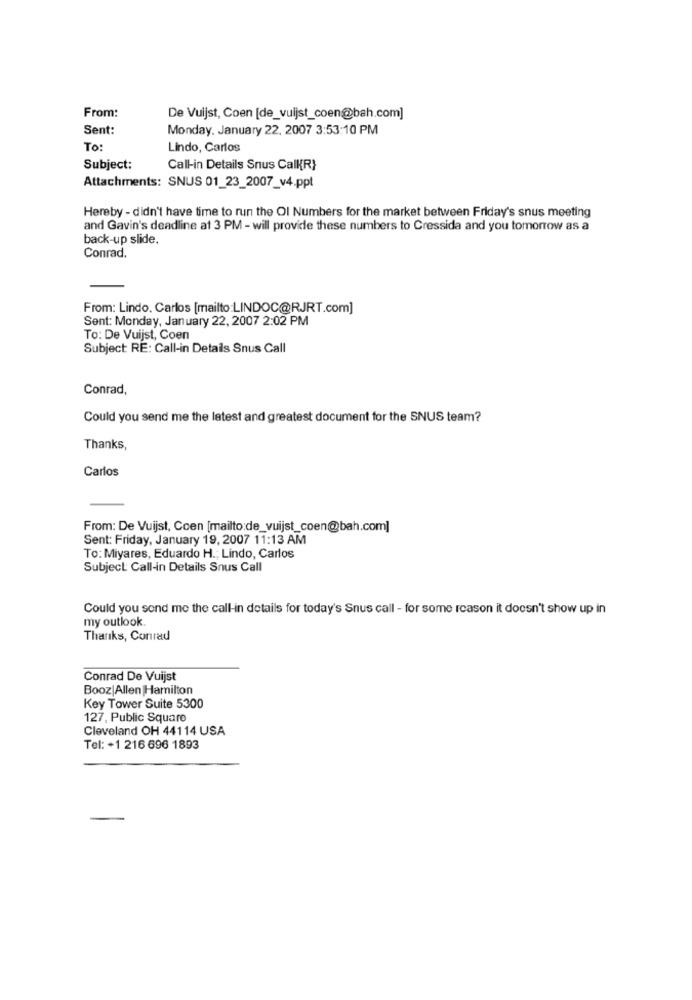
From:
De Vuijst, Coen [de_vuijst_coen@bah.com]
Sent:
Monday, January 22, 2007 3:53:10 PM
To:
Lindo, Carlos
Subject:
Call-in Details Snus CalKR}
Attachments: SNUS 01_23_2007_v4.ppt
Hereby - didn't have time to run the Ol Numbers for the market between Friday's snus meeting
and Gavin's deadline at 3 PM - will provide these numbers to Cressida and you tomorrow as a
back-up slide.
Conrad.
From: Lindo. Carlos [mailto:LINDOC@RJRT.com]
Sent: Monday, January 22, 2007 2:02 PM
To: De Vuijst, Coen
Subject: RE: Call-in Details Snus Call
Conrad,
Could you send me the latest and greatest document for the SNUS team?
Thanks,
Carlos
From: De Vuijst, Coen [mailto:de_vuijst_coen@bah.com]
Sent: Friday, January 19, 2007 11:13 AM
To: Miyares, Eduardo H .; Lindo, Carlos
Subject Call-in Details Snus Call
Could you send me the call-in details for today's Snus call - for some reason it doesn't show up in
my outlook.
Thanks, Conrad
Conrad De Vuijst
Booz Allen Hamilton
Key Tower Suite 5300
127, Public Square
Cleveland OH 44114 USA
Tel: +1 216 696 1893